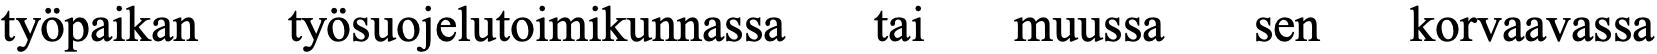
työpaikan työsuojelutoimikunnassa tai muussa sen korvaavassa